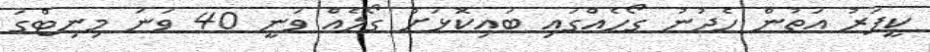
ކީޕަރު އަތުން ހެދުނު ގޯހެއްގައި ބައިކޮޅަށް ގޯލެއް ވަނީ 40 ވަނަ މިނިޓްގަ